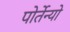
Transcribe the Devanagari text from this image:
पोर्तेन्यो